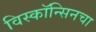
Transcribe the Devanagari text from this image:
विस्कॉन्सिनचा